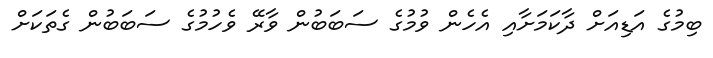
ބިމުގެ އަޑިއަށް ދާކަމަށާއި އެހެން ވުމުގެ ސަބަބުން ވާރޭ ވެހުމުގެ ސަބަބުން ގެތަކަށް